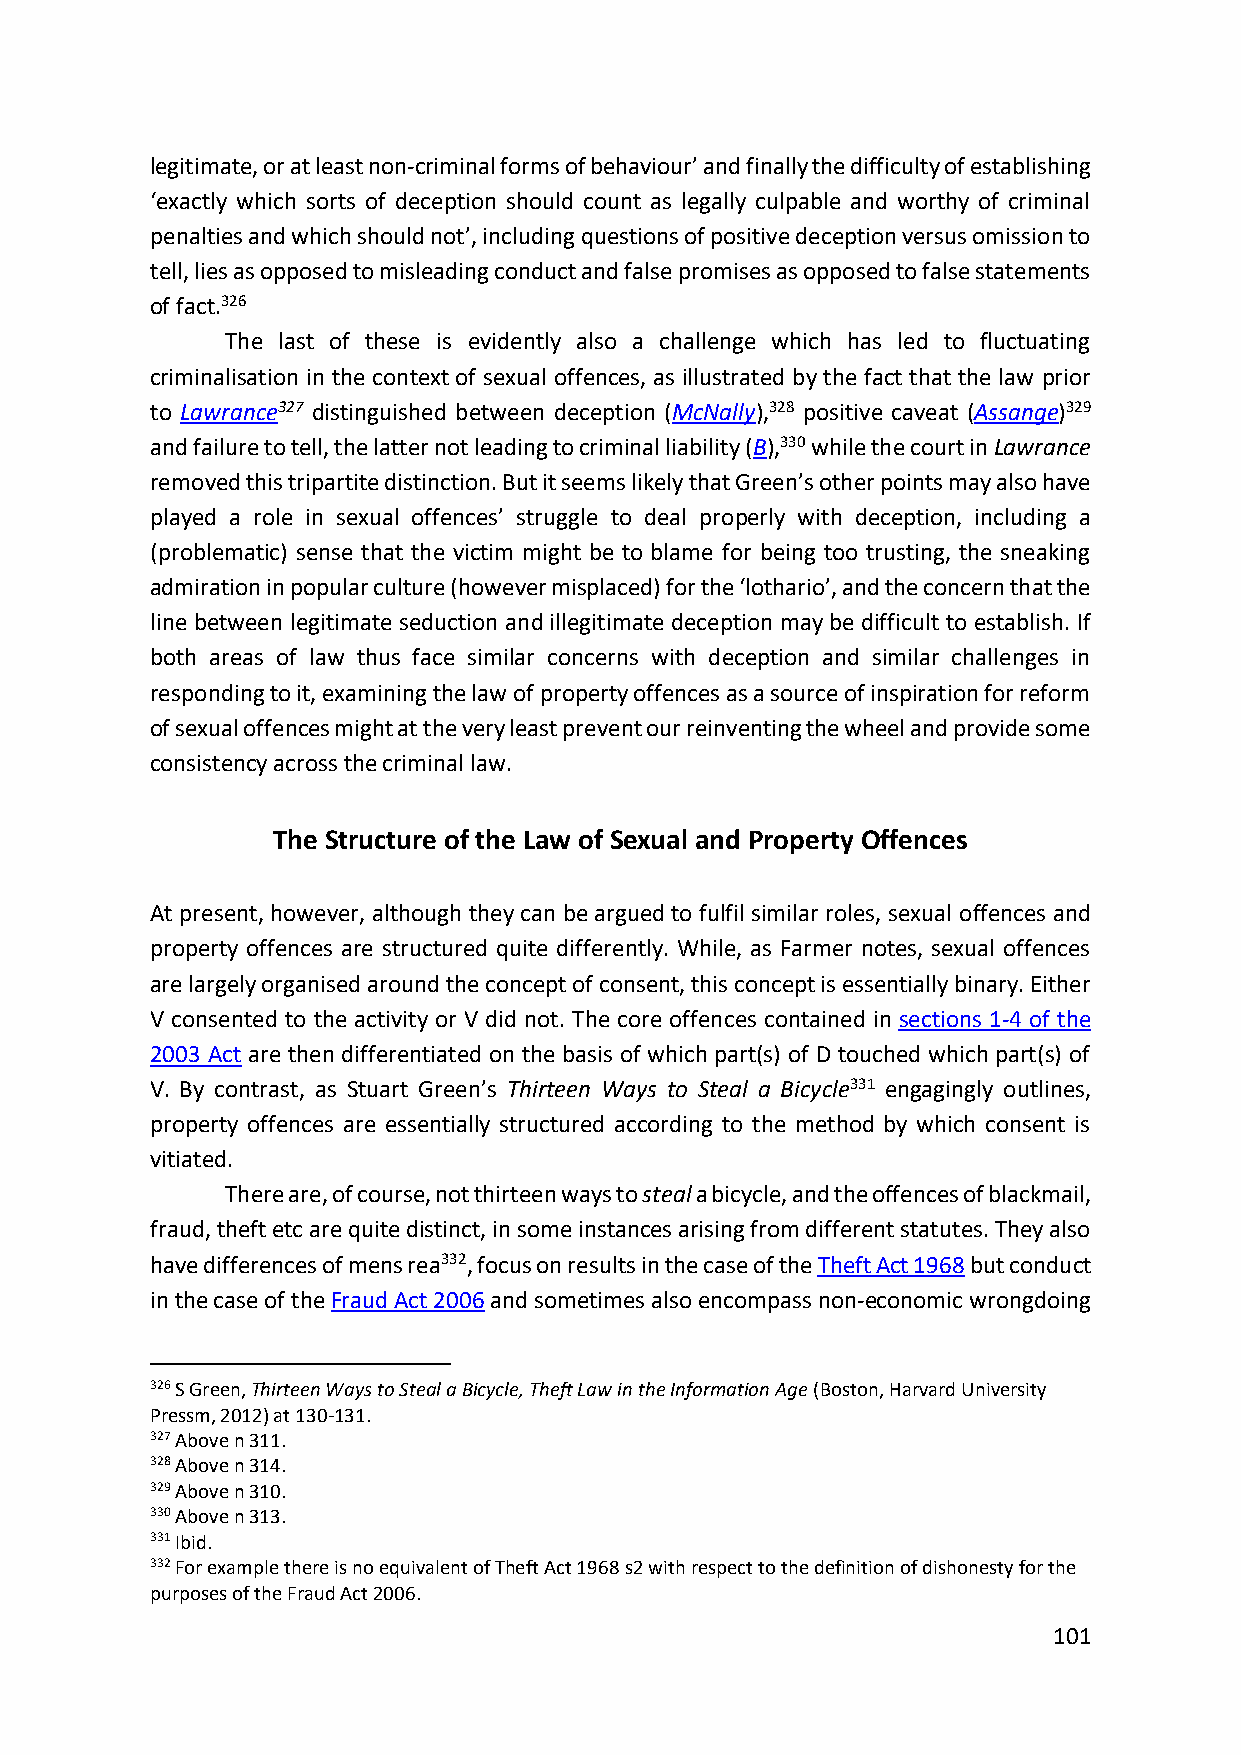
legitimate, or at least non-criminal forms of behaviour’ and finally the difficulty of establishing
 ‘exactly which sorts of deception should count as legally culpable and worthy of criminal
 penalties and which should not’, including questions of positive deception versus omission to
 tell, lies as opposed to misleading conduct and false promises as opposed to false statements
 of fact.326
 The last of these is evidently also a challenge which has led to fluctuating
 criminalisation in the context of sexual offences, as illustrated by the fact that the law prior
 to Lawrance327 distinguished between deception (McNally),328 positive caveat (Assange)329
 and failure to tell, the latter not leading to criminal liability (B),330 while the court in Lawrance
 removed this tripartite distinction. But it seems likely that Green’s other points may also have
 played a role in sexual offences’ struggle to deal properly with deception, including a
 (problematic) sense that the victim might be to blame for being too trusting, the sneaking
 admiration in popular culture (however misplaced) for the ‘lothario’, and the concern that the
 line between legitimate seduction and illegitimate deception may be difficult to establish. If
 both areas of law thus face similar concerns with deception and similar challenges in
 responding to it, examining the law of property offences as a source of inspiration for reform
 of sexual offences might at the very least prevent our reinventing the wheel and provide some
 consistency across the criminal law.
 The Structure of the Law of Sexual and Property Offences
 At present, however, although they can be argued to fulfil similar roles, sexual offences and
 property offences are structured quite differently. While, as Farmer notes, sexual offences
 are largely organised around the concept of consent, this concept is essentially binary. Either
 V consented to the activity or V did not. The core offences contained in sections 1-4 of the
 2003 Act are then differentiated on the basis of which part(s) of D touched which part(s) of
 V. By contrast, as Stuart Green’s Thirteen Ways to Steal a Bicycle331 engagingly outlines,
 property offences are essentially structured according to the method by which consent is
 vitiated.
 There are, of course, not thirteen ways to steal a bicycle, and the offences of blackmail,
 fraud, theft etc are quite distinct, in some instances arising from different statutes. They also
 have differences of mens rea332, focus on results in the case of the Theft Act 1968 but conduct
 in the case of the Fraud Act 2006 and sometimes also encompass non-economic wrongdoing
 326 S Green, Thirteen Ways to Steal a Bicycle, Theft Law in the Information Age (Boston, Harvard University
 Pressm, 2012) at 130-131.
 327 Above n 311.
 328 Above n 314.
 329 Above n 310.
 330 Above n 313.
 331 Ibid.
 332 For example there is no equivalent of Theft Act 1968 s2 with respect to the definition of dishonesty for the
 purposes of the Fraud Act 2006.
 101